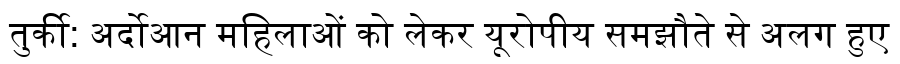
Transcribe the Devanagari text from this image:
तुर्की: अर्दोआन महिलाओं को लेकर यूरोपीय समझौते से अलग हुए